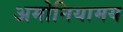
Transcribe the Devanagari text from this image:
अमोनियामय